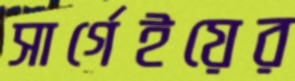
সার্গেইয়ের